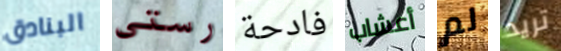
البنادق رستي فادحة أعشاب لم تريد